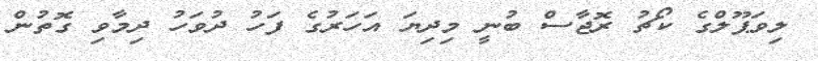
ލިވަޕޫލްގެ ކޯޗު ރޮޖާސް ބުނީ މިދިޔަ އަހަރުގެ ފަހު ދުވަހު ދިމާވި ގޮތުން